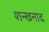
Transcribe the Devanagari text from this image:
शन्खनाद